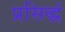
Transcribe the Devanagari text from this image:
प्रसिद्धं